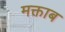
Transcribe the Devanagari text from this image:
मक्ताब